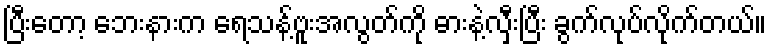
ပြီးတော့ ဘေးနားက ရေသန့်ဗူးအလွတ်ကို ဓားနဲ့လှီးပြီး ခွက်လုပ်လိုက်တယ်။